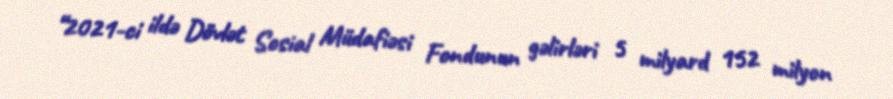
“2021-ci ildə Dövlət Sosial Müdafiəsi Fondunun gəlirləri 5 milyard 152 milyon